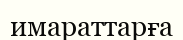
имараттарға